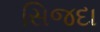
સિજદા